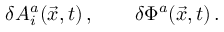
\delta A _ { i } ^ { a } ( \vec { x } , t ) \, , \qquad \delta \Phi ^ { a } ( \vec { x } , t ) \, .